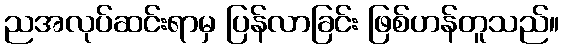
ညအလုပ်ဆင်းရာမှ ပြန်လာခြင်း ဖြစ်ဟန်တူသည်။